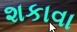
શકાવા